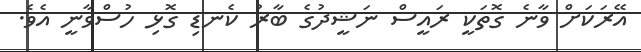
އޭރަކަށް ވާނެ ގޮތަކީ ރައީސް ނަޝީދުގެ ބާރު ކެނޑި ގޮޅި ހުސްވާނީ އެވެ.